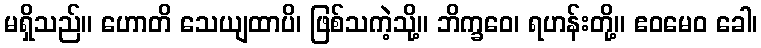
မရှိသည်။ ဟောတိ သေယျထာပိ၊ ဖြစ်သကဲ့သို့။ ဘိက္ခဝေ၊ ရဟန်းတို့။ ဧဝမေဝ ခေါ၊